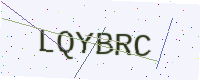
Text: LQYBRC